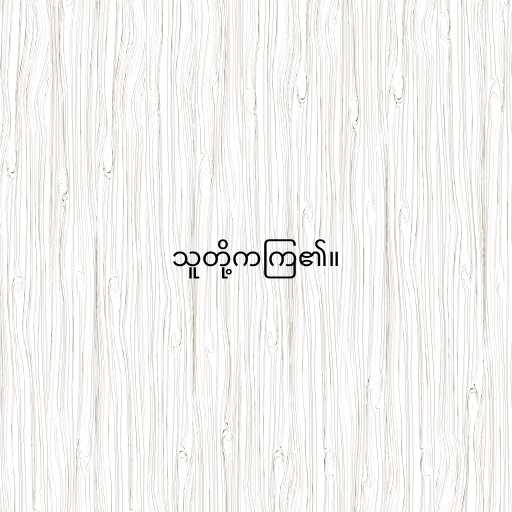
သူတို့ကကြ၏။